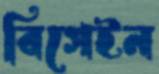
বিগেইন